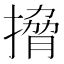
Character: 搚